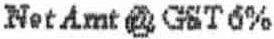
NET AMT @ GST 6%